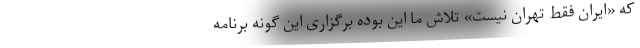
که «ایران فقط تهران نیست» تلاش ما این بوده برگزاری این گونه برنامه